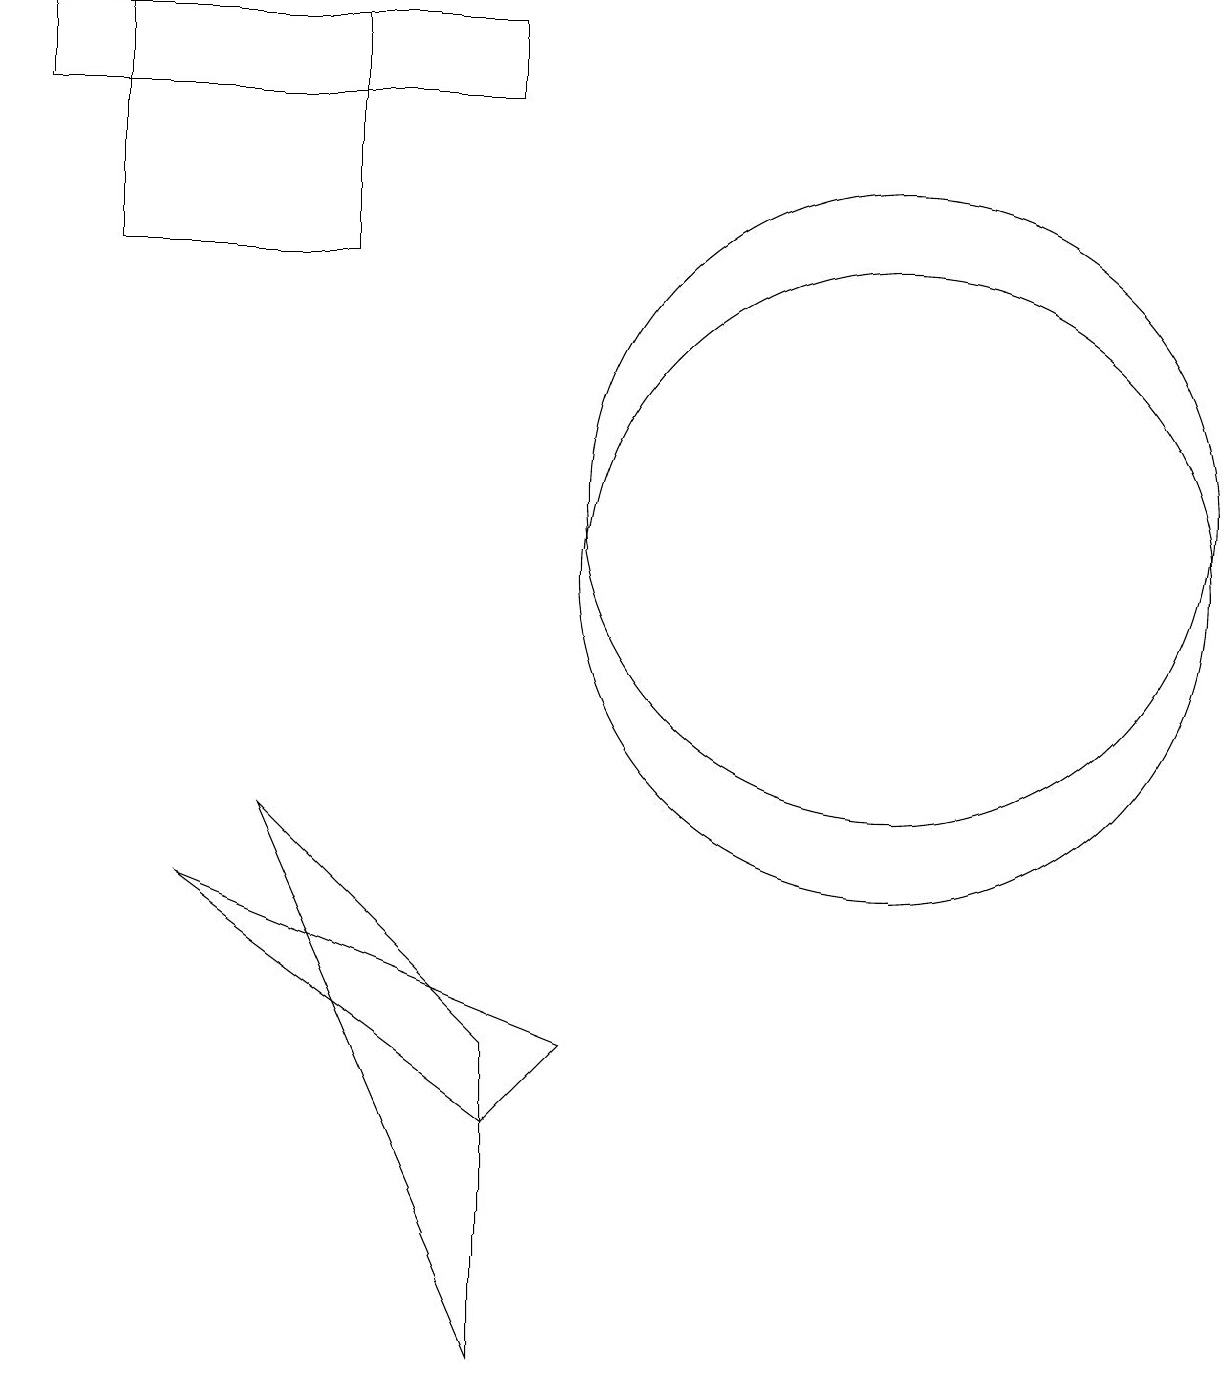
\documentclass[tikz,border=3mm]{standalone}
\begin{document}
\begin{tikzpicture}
\draw (1,17) rectangle (4,14);
\draw (0,16) rectangle (6,17);
\draw (11,11) circle (4);
\draw (7,4) -- (2,6) -- (6,3) -- cycle;
\draw (11,10) circle (4);
\draw (6,4) -- (6,0) -- (3,7) -- cycle;
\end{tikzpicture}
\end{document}